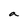
Character: a